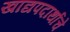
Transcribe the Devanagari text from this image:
खाद्यपदार्थाचे